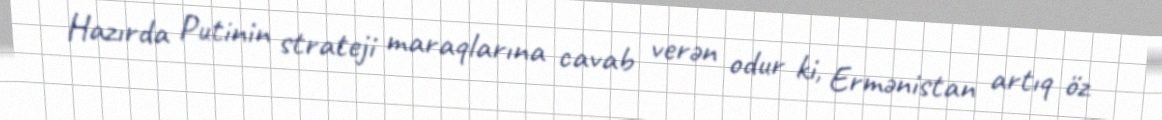
Hazırda Putinin strateji maraqlarına cavab verən odur ki, Ermənistan artıq öz